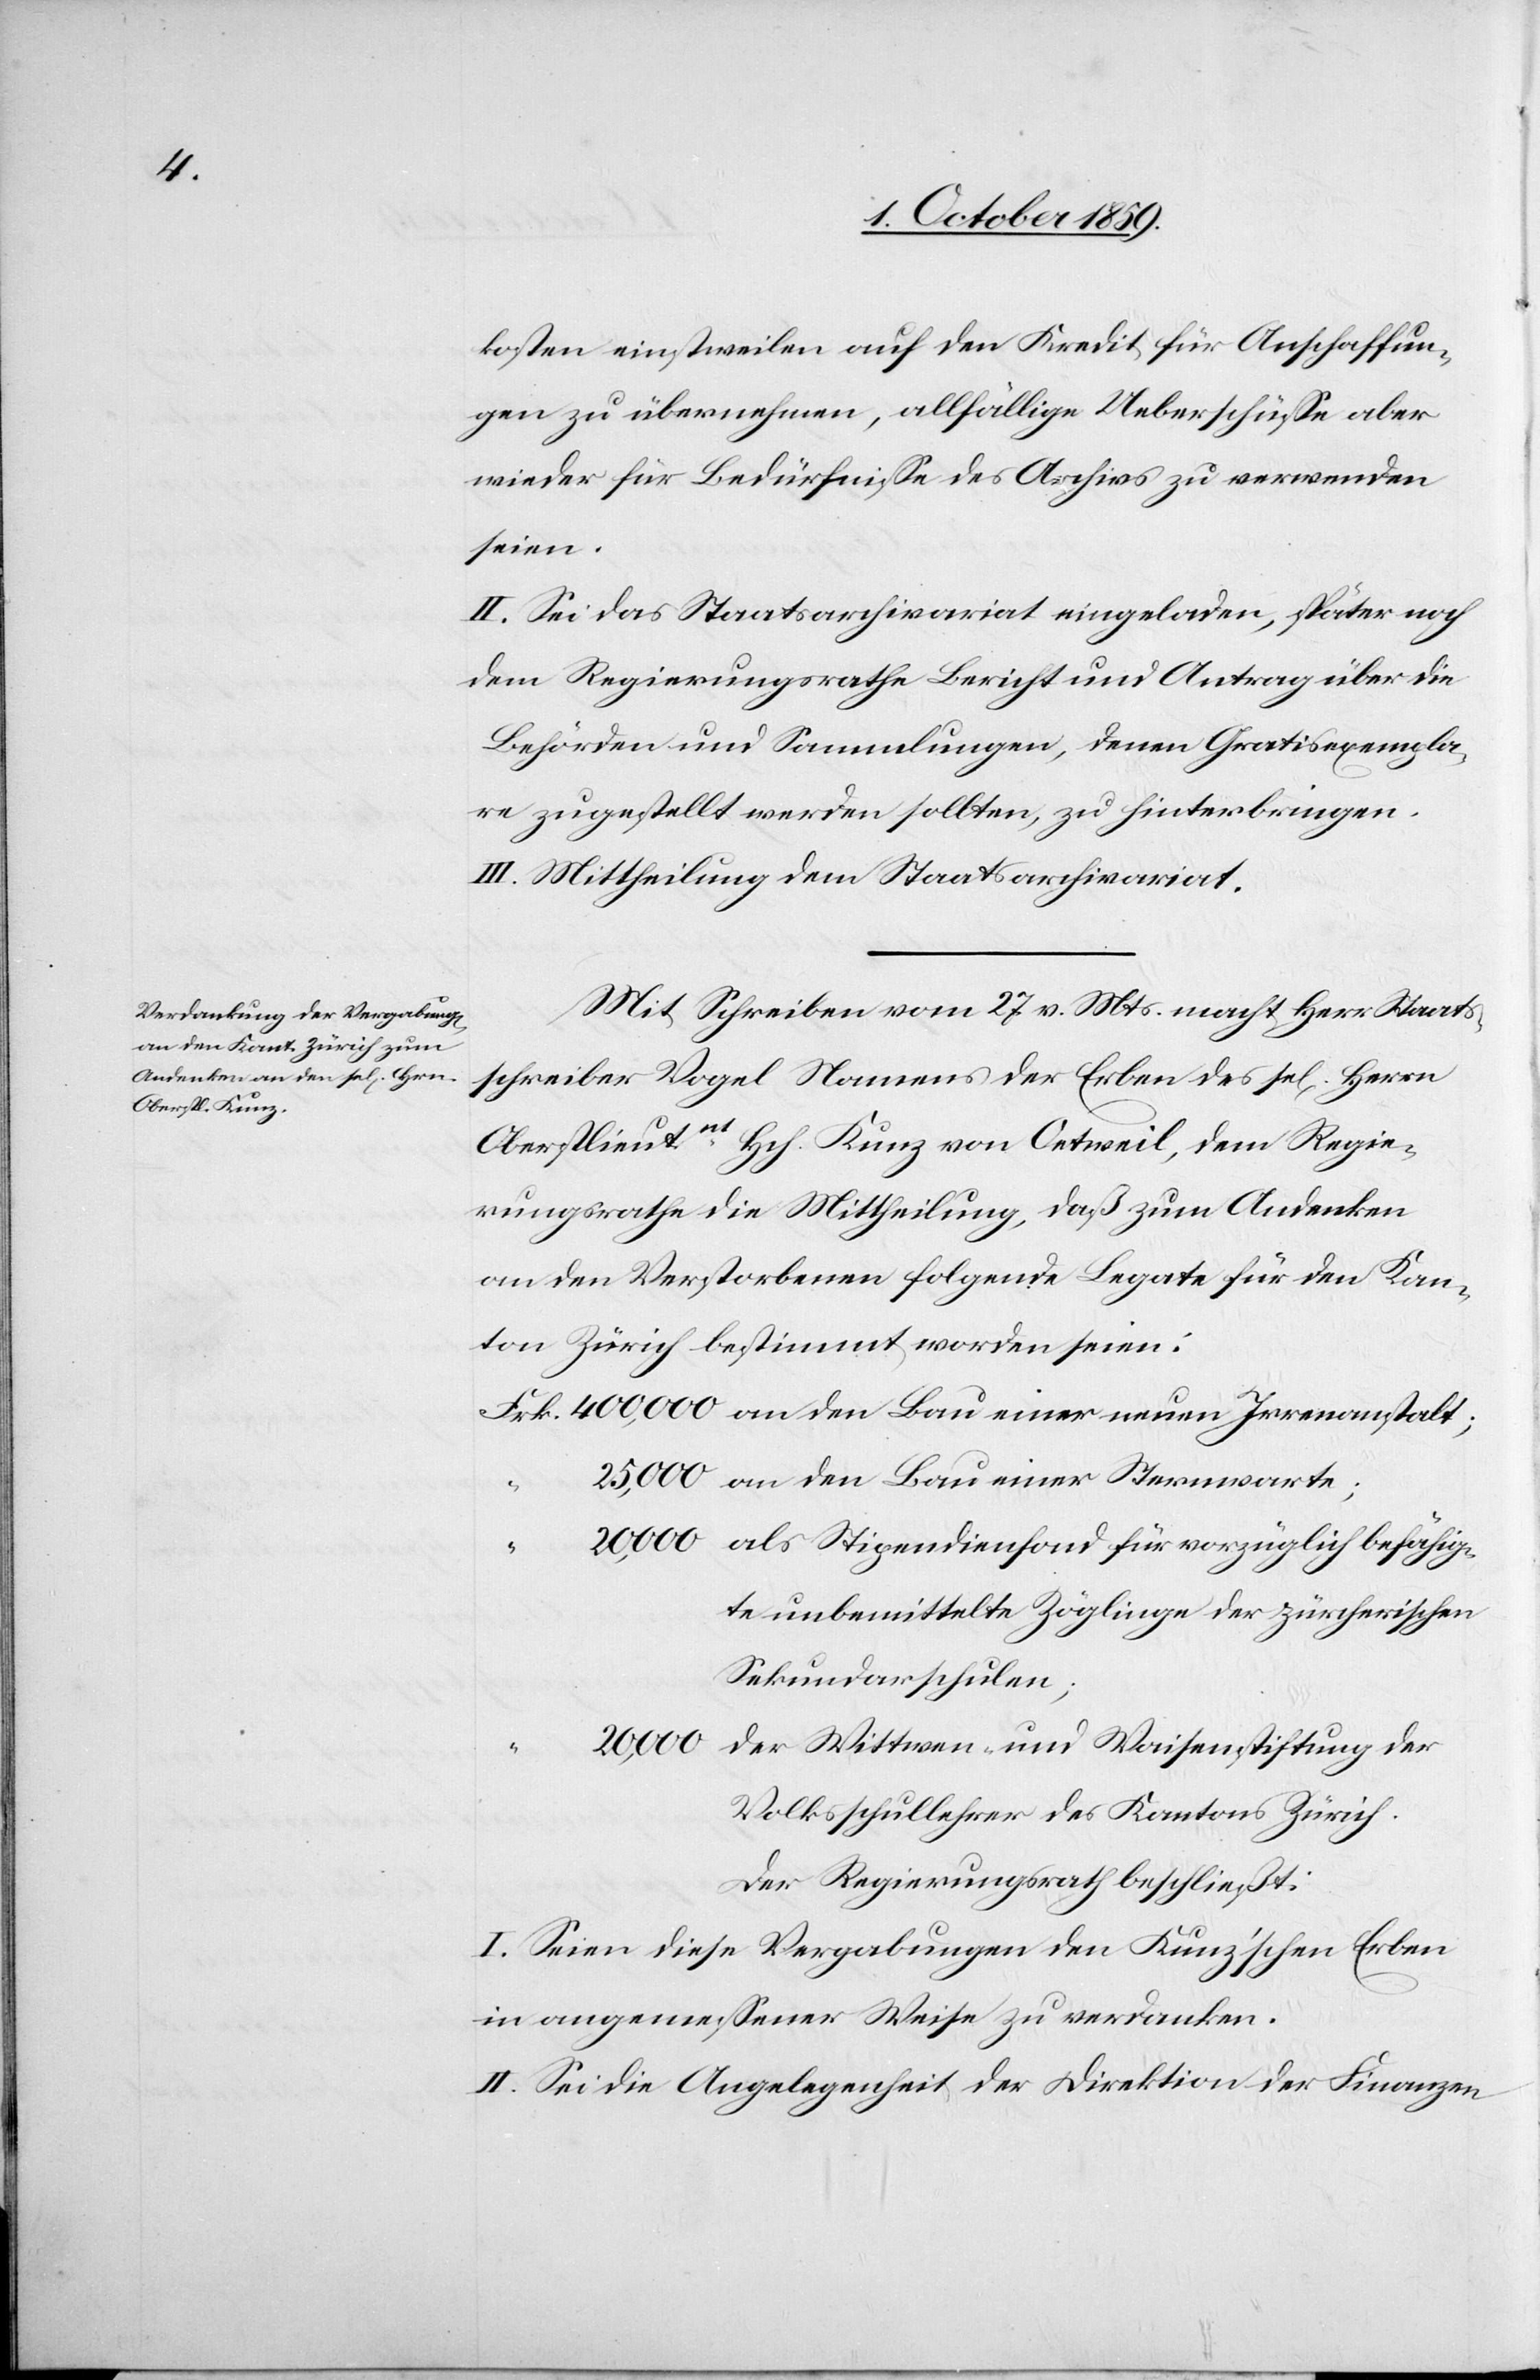
kosten einstweilen auf den Kredit für Anschaffun¬
gen zu übernehmen, allfällige Ueberschüsse aber
wieder für Bedürfnisse des Archivs zu verwenden
seien.
II. Sei das Staatsarchivariat eingeladen, später noch
dem Regierungsrathe Bericht und Antrag über die
Behörden und Sammlungen, denen Gratisexempla¬
re zugestellt werden sollten, zu hinterbringen.
III. Mittheilung dem Staatsarchivariat.
Mit Schreiben vom 27. v. Mts. macht Herr Staats¬
schreiber Vogel Namens der Erben des sel[igen] Herrn
Oberstlieutnnt Hch. Kunz von Oetweil, dem Regie¬
rungsrathe die Mittheilung, daß zum Andenken
an den Verstorbenen folgende Legate für den Kan¬
ton Zürich bestimmt worden seinen:
an den Bau einer Sternwarte;
als Stipendienfond für vorzüglich befähig¬
te unbemittelte Zöglinge der zürcherischen
Sekundarschulen;
der Wittwen- und Waisenstiftung der
Volksschullehrer des Kantons Zürich.
Der Regierungsrath beschließt:
I. Seien diese Vergabungen den Kunz'schen Erben
in angemessener Weise zu verdanken.
II. Sei die Angelegenheit der Direktion der Finanzen